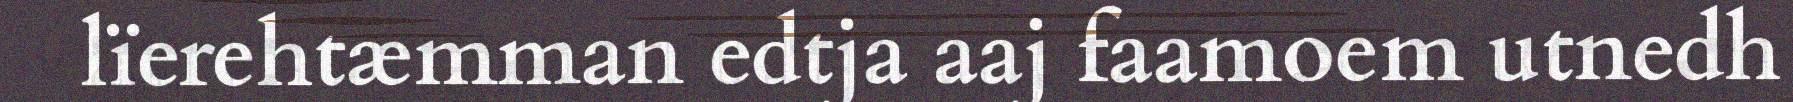
lïerehtæmman edtja aaj faamoem utnedh